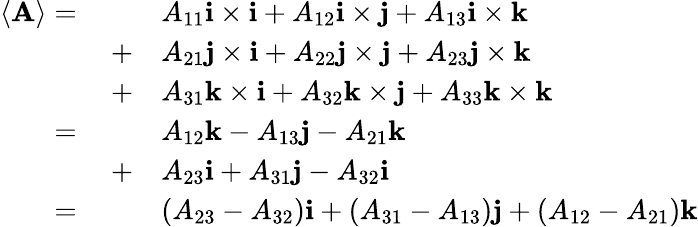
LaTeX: {\begin{array}{rl}{\langle\mathbf{A}\rangle=\qquad}&{A_{11}\mathbf{i}\times\mathbf{i}+A_{12}\mathbf{i}\times\mathbf{j}+A_{13}\mathbf{i}\times\mathbf{k}}\\ {+}&{A_{21}\mathbf{j}\times\mathbf{i}+A_{22}\mathbf{j}\times\mathbf{j}+A_{23}\mathbf{j}\times\mathbf{k}}\\ {+}&{A_{31}\mathbf{k}\times\mathbf{i}+A_{32}\mathbf{k}\times\mathbf{j}+A_{33}\mathbf{k}\times\mathbf{k}}\\ {=\qquad}&{A_{12}\mathbf{k}-A_{13}\mathbf{j}-A_{21}\mathbf{k}}\\ {+}&{A_{23}\mathbf{i}+A_{31}\mathbf{j}-A_{32}\mathbf{i}}\\ {=\qquad}&{\left(A_{23}-A_{32}\right)\mathbf{i}+\left(A_{31}-A_{13}\right)\mathbf{j}+\left(A_{12}-A_{21}\right)\mathbf{k}}\end{array}}